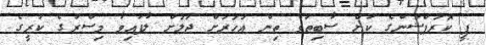
ޕީ ކޮރަޕްޝަންގެ ކުށް ސާބިތުވެ ތިން އަހަރަށް ޖަލަށް ލާފައިވާ މިސްރުގެ ކުރީގެ